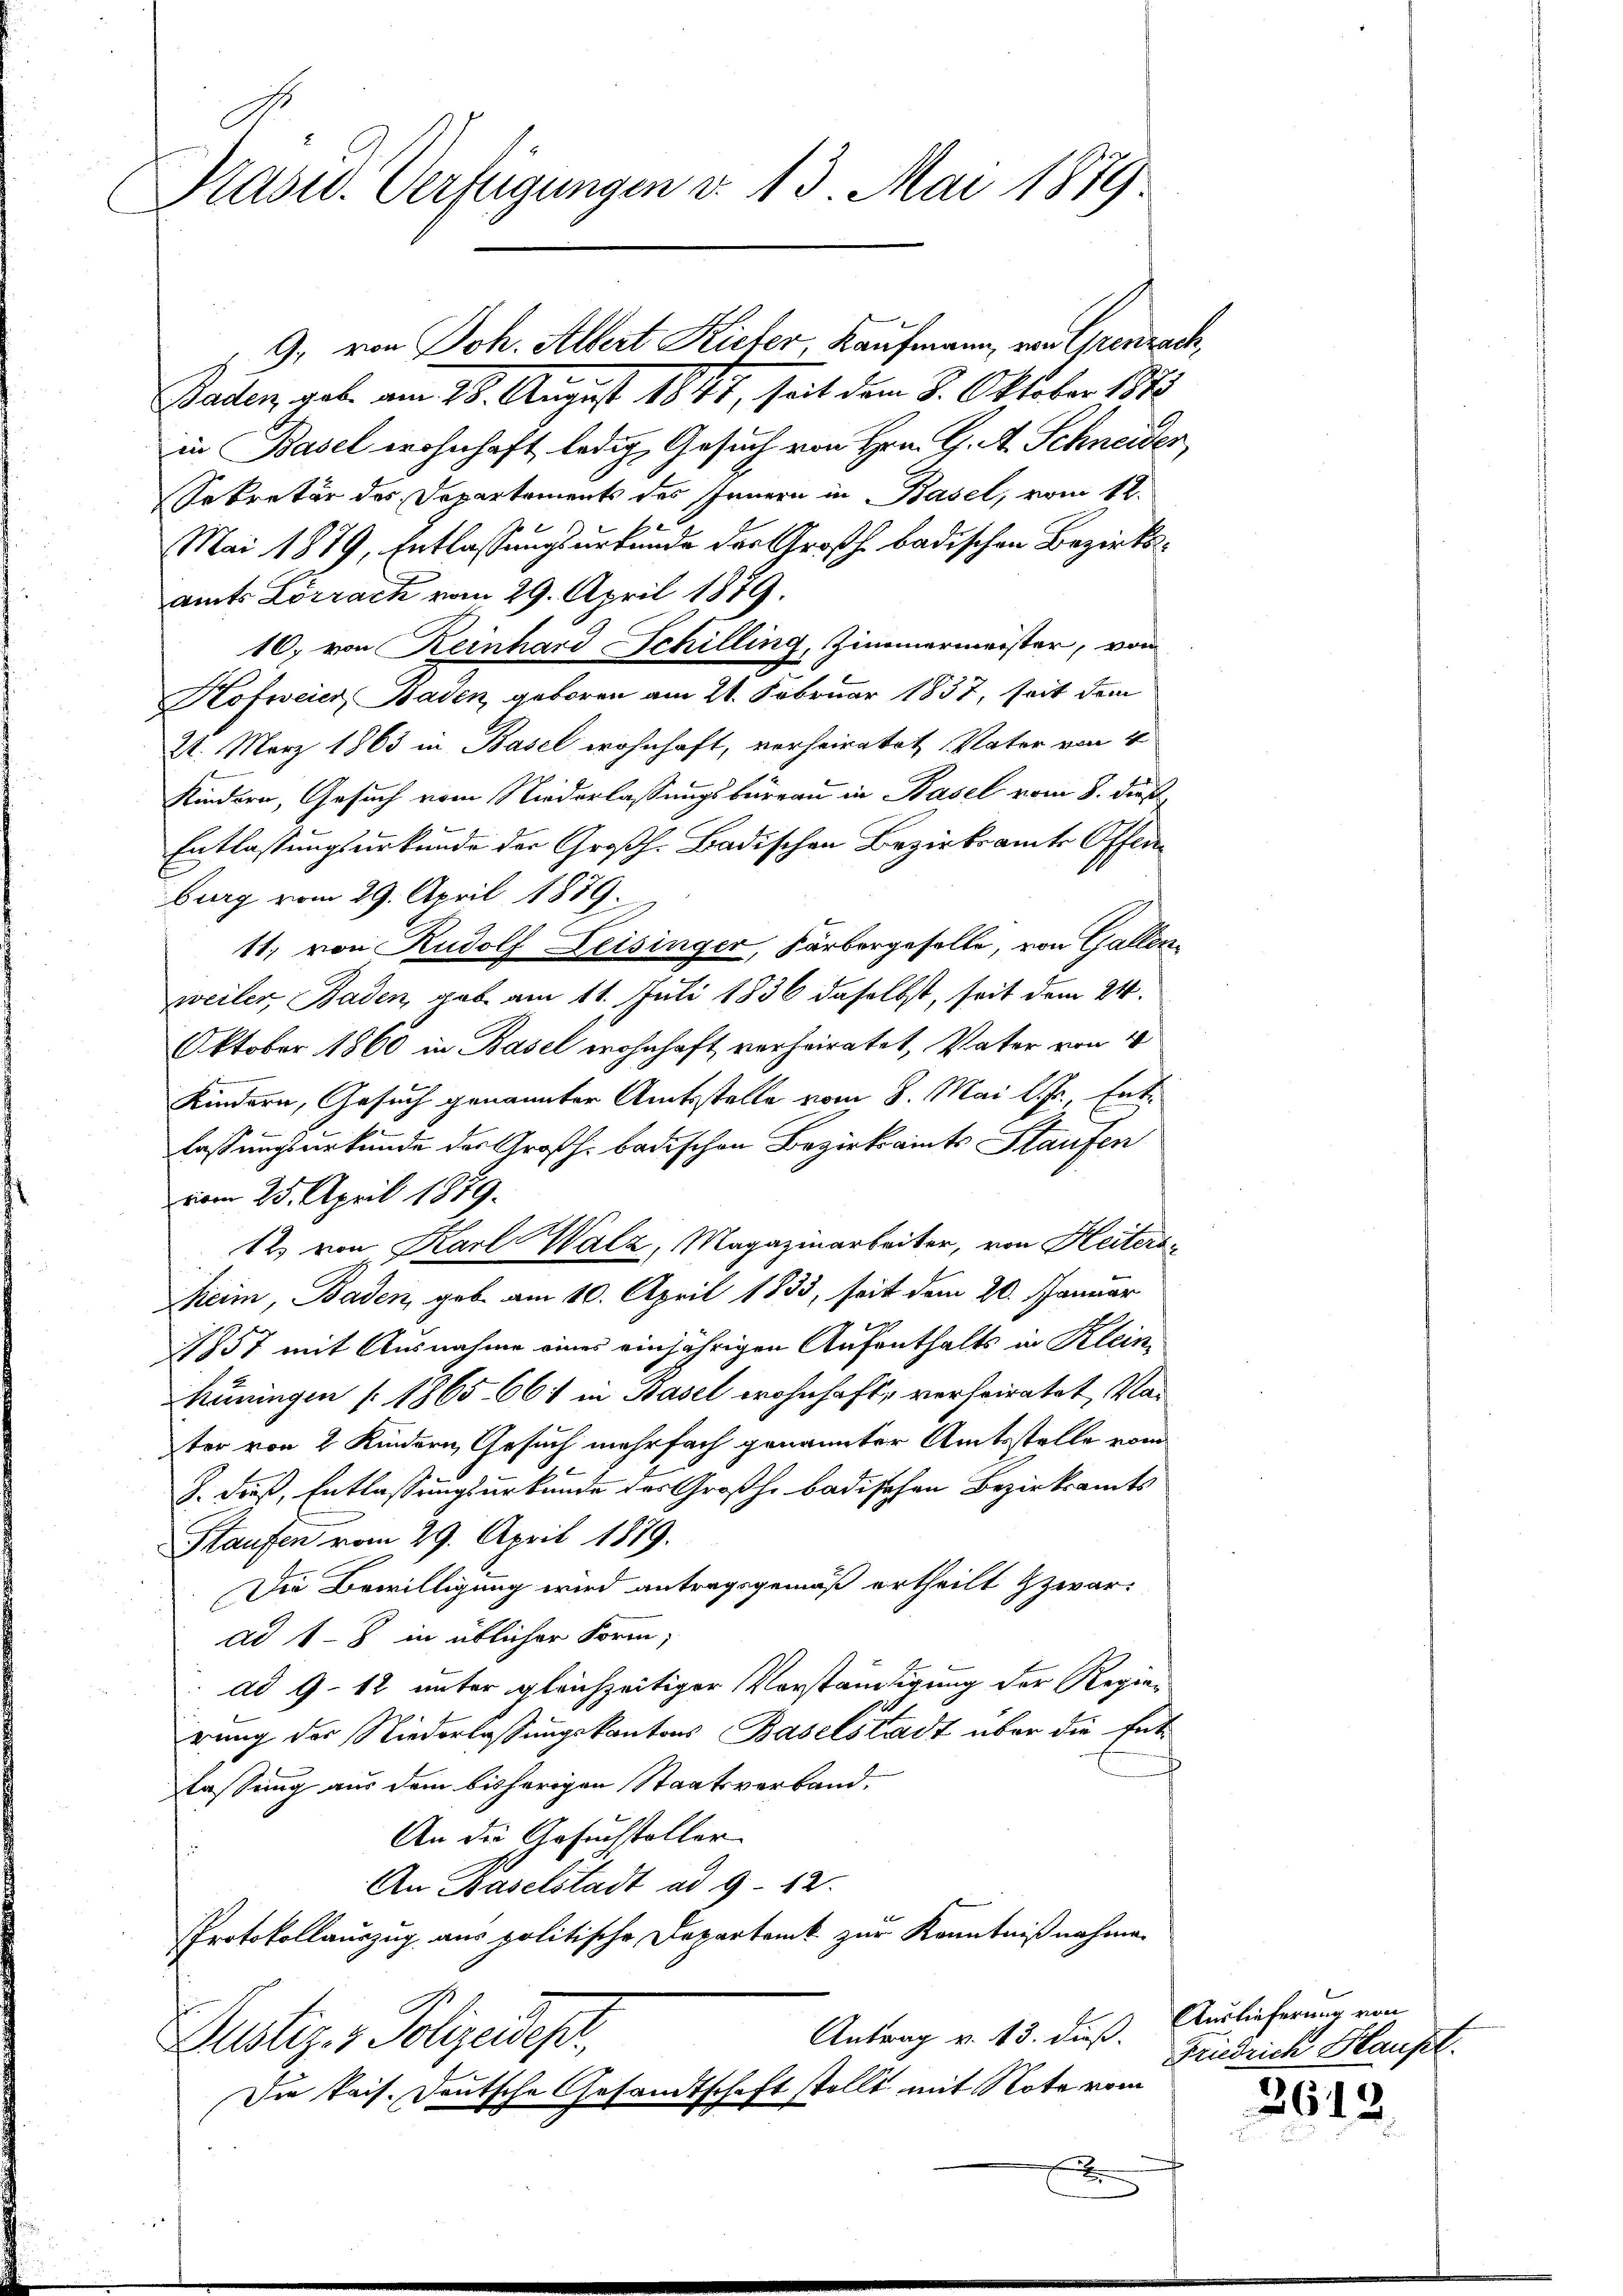
Prasw. Verfügungen v. 13. Mai 1879.

Baden, gab am 28. August 1847, seit dem 3. Oktober 1878
in Basel wohnhaft ledig, Gesuch von Hrn. G. A. Schneider,
Sekretär des Departements des Innern in Basel, vom 12.
1
Mai 1879, Entlassungsurkunde der Großh. badischen Bezirksamts Lörrach vom 29. April 1879.
10, von Reinhard Schilling, Zimmermeister, vom
Hofweier, Baden, geboren am 21. Februar 1837, seit dem
21. März 1863 in Basel wohnhaft, verheiratet Vater von 4
Kindern, Gesuch vom Niederlassungsbüreau in Basel vom 8. dieß
Entlassungsurkunde der Großh. Badischen Bezirksamte Offenburg vom 29. April 1879.
11. von Rudolf Leisinger, Färbergeselle, von Gallenweiler, Baden, gab am 11. Juli 1836 daselbst, seit dem 24.
Oktober 1860 in Basel wohnhaft verheiratet, Vater von 4
Kindern, Gesuch genannter Amtsstelle vom 8. Mai l. Js., Entlassungsurkunde der Großh. badischen Bezirksamts Staufen
vom 25. April 1879.
12. von Karl Walz, Magazinarbeiter, von Heitersheim, Baden, geb. am 10. April 1833, seit dem 20. Januar
1857 mit Ausnahme eines einjährigen Aufenthalts in Kleini
hüningen [1865. 661 in Basel wohnhaft, verheiratet, Vater von 2 Kindern Gesuch mehrfach genannter Amtsstelle vom
J. dieß, Entlassungsurkunde des Großh. badischen Bezirksamts
Staufen vom 29. April 1879.
Die Bewilligung wird antragsgemäß ertheilt zwar
ad 1-8 in üblicher Form,
ad 9–12 unter gleichzeitiger Vorständigung der Regier
irung der Niederlassungskantons Baselstadt über die Entlassung aus dem bisherigen Staatsverband.
An die Gesuchsteller
An Baselstadt ad 9 - 12.
Protokollauszug aus politische Departamt zur Kenntnißnahmen
Antrag v. 13. dieß.
Justiz- & Polizeides,
Die kais. Deutsche Gesandtschaft stellt mit Note vom

9, von Joh. Albert Kicher Kaufmann, von Grenzach,

x

Auslieferung von
Friedrich Haupt.

2643.